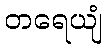
တရေယျံ